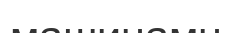
машинамн